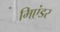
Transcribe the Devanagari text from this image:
मिएंडर